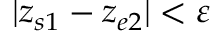
| z _ { s 1 } - z _ { e 2 } | < \varepsilon